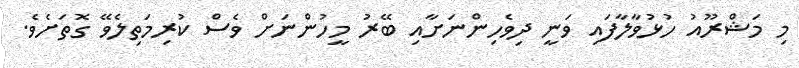
މި މަޝްރޫއު ހުޅުވާލާފައި ވަނީ ދިވެހިންނަށާއި ބޭރު މީހުންނަށް ވެސް ކުރިމަތިލެވޭ ގޮތަށެވެ.